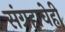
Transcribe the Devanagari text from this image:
संग्रहाचेही